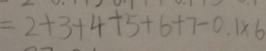
= 2 + 3 + 4 + 5 + 6 + 7 - 0 . 1 \times 6